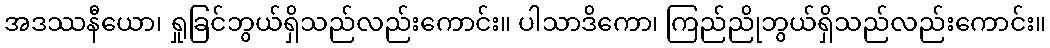
အဒဿနီယော၊ ရှုခြင်ဘွယ်ရှိသည်လည်းကောင်း။ ပါသာဒိကော၊ ကြည်ညိုဘွယ်ရှိသည်လည်းကောင်း။